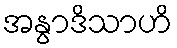
အနွာဒိသာဟိ